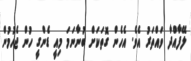
ލޭފާއްދާ ވައްތަރު އެވެ. އެހެން ގޮތަކަށް ބުނާނަމަ މިއީ ޑެންގީ ހުން ޖެހުމުން